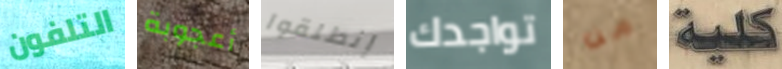
التلفون أعجوبة إنطلقوا تواجدك من كلية